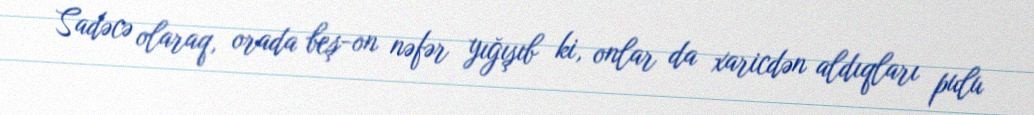
Sadəcə olaraq, orada beş-on nəfər yığışıb ki, onlar da xaricdən aldıqları pulu